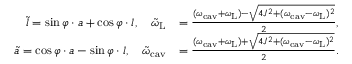
\begin{array} { r l } { \tilde { l } = \sin \varphi \cdot a + \cos \varphi \cdot l , \quad \tilde { \omega } _ { \mathrm { L } } } & { = \frac { ( \omega _ { \mathrm { c a v } } + \omega _ { \mathrm { L } } ) - \sqrt { 4 J ^ { 2 } + ( \omega _ { \mathrm { c a v } } - \omega _ { \mathrm { L } } ) ^ { 2 } } } { 2 } , } \\ { \tilde { a } = \cos \varphi \cdot a - \sin \varphi \cdot l , \quad \tilde { \omega } _ { \mathrm { c a v } } } & { = \frac { ( \omega _ { \mathrm { c a v } } + \omega _ { \mathrm { L } } ) + \sqrt { 4 J ^ { 2 } + ( \omega _ { \mathrm { c a v } } - \omega _ { \mathrm { L } } ) ^ { 2 } } } { 2 } . } \end{array}